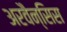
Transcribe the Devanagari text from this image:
अरवैन्सिस